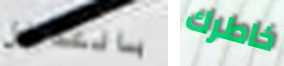
بالتدخل خاطرك